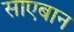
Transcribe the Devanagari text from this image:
साएबान